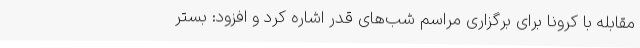
مقابله با کرونا برای برگزاری مراسم شب‌های قدر اشاره کرد و افزود: بستر